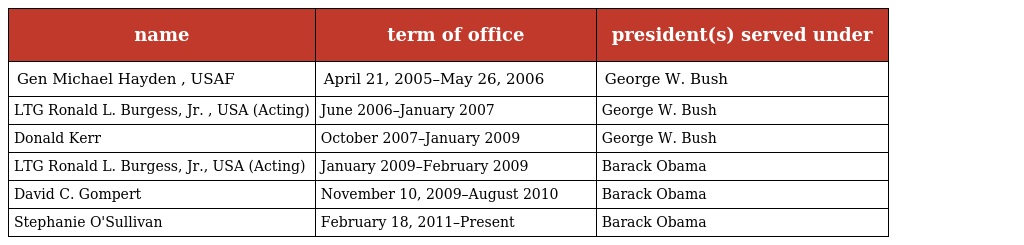
| name | term of office | president(s) served under |
 | --- | --- | --- |
 | Gen Michael Hayden , USAF | April 21, 2005–May 26, 2006 | George W. Bush |
 | LTG Ronald L. Burgess, Jr. , USA (Acting) | June 2006–January 2007 | George W. Bush |
 | Donald Kerr | October 2007–January 2009 | George W. Bush |
 | LTG Ronald L. Burgess, Jr., USA (Acting) | January 2009–February 2009 | Barack Obama |
 | David C. Gompert | November 10, 2009–August 2010 | Barack Obama |
 | Stephanie O'Sullivan | February 18, 2011–Present | Barack Obama |